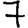
Digit: 7